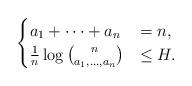
LaTeX: \begin{align*}\begin{cases}a_1 + \cdots + a_n &= n,\\\frac1n \log \binom{n}{a_1,\dots,a_n} &\leq H.\end{cases}\end{align*}